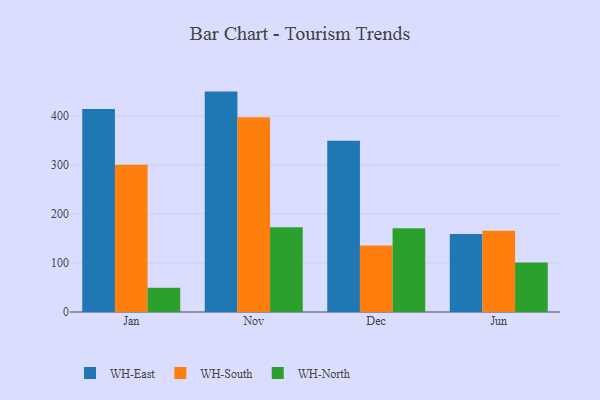
{"axis": {"x": "Month", "y": "Tickets Resolved"}, "legend": ["WH-East", "WH-North", "WH-South"], "data": [{"x": "Jan", "y": 414.3, "type": "WH-East"}, {"x": "Jan", "y": 300.5, "type": "WH-South"}, {"x": "Jan", "y": 49.6, "type": "WH-North"}, {"x": "Nov", "y": 449.7, "type": "WH-East"}, {"x": "Nov", "y": 397.3, "type": "WH-South"}, {"x": "Nov", "y": 172.9, "type": "WH-North"}, {"x": "Dec", "y": 349.4, "type": "WH-East"}, {"x": "Dec", "y": 135.6, "type": "WH-South"}, {"x": "Dec", "y": 171.1, "type": "WH-North"}, {"x": "Jun", "y": 158.9, "type": "WH-East"}, {"x": "Jun", "y": 166.0, "type": "WH-South"}, {"x": "Jun", "y": 100.8, "type": "WH-North"}]}